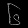
Digit: ၆